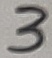
Text: 3